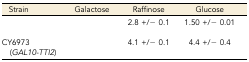
<table><thead><tr><td><b>Strain</b></td><td><b>Galactose</b></td><td><b>Raffinose</b></td><td><b>Glucose</b></td></tr></thead><tbody><tr><td>[EMPTY_CELL]</td><td>[EMPTY_CELL]</td><td>2.8 +/− 0.1</td><td>1.50 +/− 0.01</td></tr><tr><td>CY6973 (<i>GAL10-TTI2</i>)</td><td>[EMPTY_CELL]</td><td>4.1 +/− 0.1</td><td>4.4 +/− 0.4</td></tr></tbody></table>